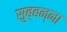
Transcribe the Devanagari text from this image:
सुब्बन्ना